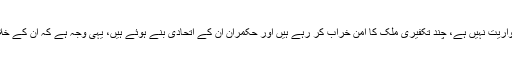
عوام کے اندر کوئی نفرت یا فرقہ واریت نہیں ہے، چند تکفیری ملک کا امن خراب کر رہے ہیں اور حکمران ان کے اتحادی بنے ہوئے ہیں، یہی وجہ ہے کہ ان کے خلاف کوئی کارروائی نہیں کی جاتی۔